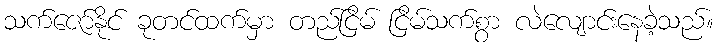
သက်ဇော်နိုင် ခုတင်ထက်မှာ တည်ငြိမ် ငြိမ်သက်စွာ လဲလျောင်းနေခဲ့သည်။